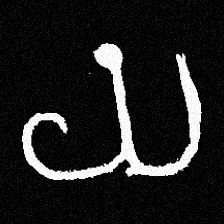
Pyu character \u2014 Myanmar letter: ယ (romanized: ya)